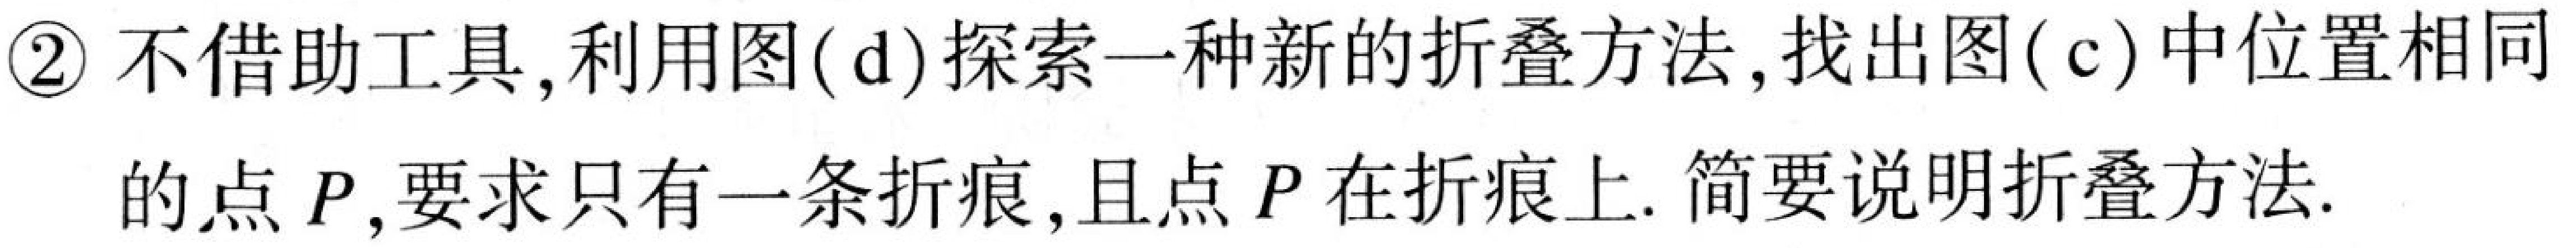
\textcircled{2} 不借助工具,利用图(d)探索一种新的折叠方法,找出图(c)中位置相同的点$P$,要求只有一条折痕,且点$P$在折痕上.简要说明折叠方法.